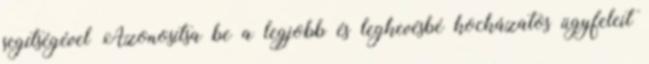
segítségével Azonosítsa be a legjobb és legkevésbé kockázatos ügyfeleit